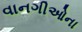
વાનગીઓના